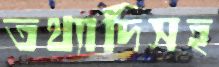
তথ্যাদিসহ